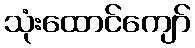
သုံးထောင်ကျော်